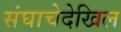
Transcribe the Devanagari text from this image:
संघाचेदेखिल